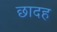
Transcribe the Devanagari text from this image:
छादह